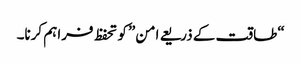
“طاقت کے ذریعے امن” کو تحفظ فراہم کرنا۔